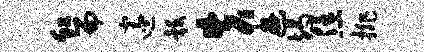
虹而邃彀失游竭恁排